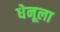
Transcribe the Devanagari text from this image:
धेनूला